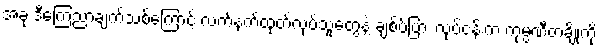
အခု ဒီကြေညာချက်သစ်ကြောင့် လက်နက်ထုတ်လုပ်သူတွေနဲ့ ချစ်ပ်ပြား လုပ်ငန်းက ကုမ္ပဏီတချို့ကို